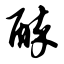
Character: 醉